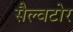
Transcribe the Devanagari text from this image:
सैल्वटोर